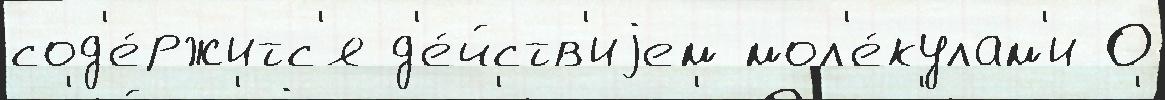
сод'е́ржитс'я д'е́йств'иjем мол'е́кулам'и О